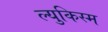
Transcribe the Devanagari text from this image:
ल्युकिस्म